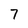
Character: 7